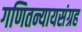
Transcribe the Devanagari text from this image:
गणितन्यायसंग्रह